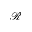
\mathscr { R }